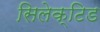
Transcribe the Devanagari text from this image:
सिलेक्टिड